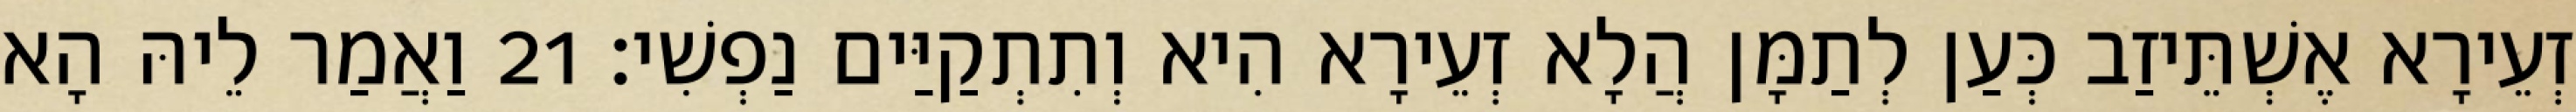
זְעֵירָא אֶשְׁתֵּיזַב כְּעַן לְתַמָּן הֲלָא זְעֵירָא הִיא וְתִתְקַיַּים נַפְשִׁי׃ 21 וַאֲמַר לֵיהּ הָא